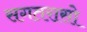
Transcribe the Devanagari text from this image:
सगतरासो